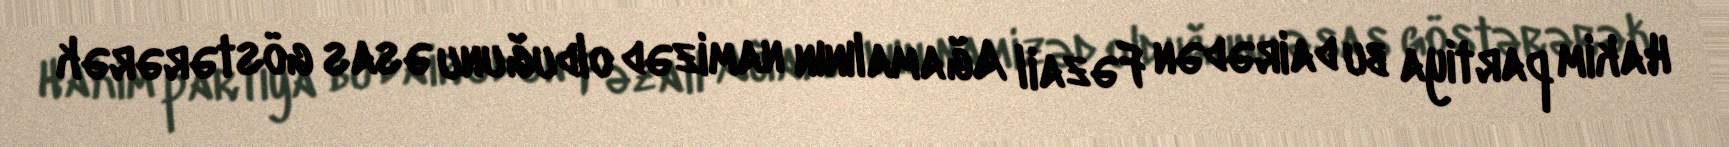
Hakim partiya bu dairədən Fəzail Ağamalının namizəd olduğunu əsas göstərərək